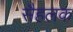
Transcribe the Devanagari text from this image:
सैहलक